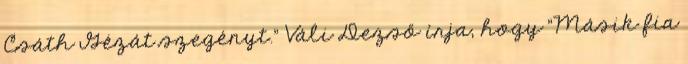
Csáth Gézát szegényt.” Váli Dezső írja, hogy "Másik fia